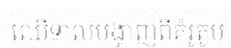
ឈើទាលបង្ហាញពីគំរូតូប